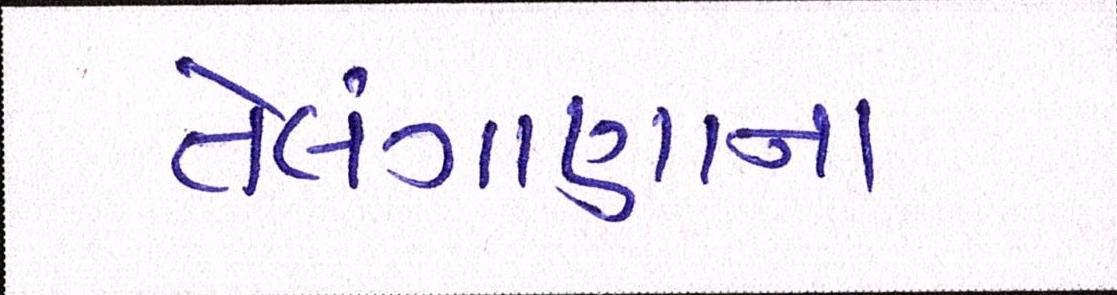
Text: તેલંગાણાના